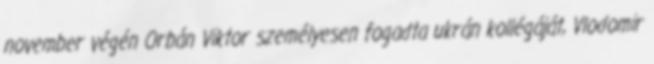
november végén Orbán Viktor személyesen fogadta ukrán kollégáját, Vlodomir